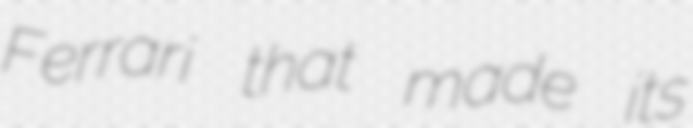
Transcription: Ferrari that made its